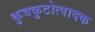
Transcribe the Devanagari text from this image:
कुवकुटोत्पादक